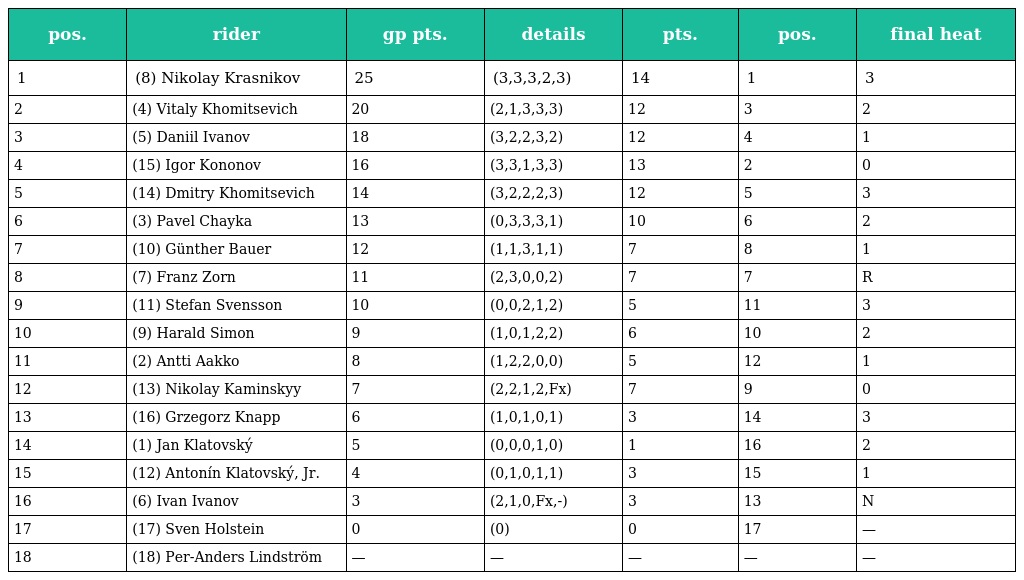
| pos. | rider | gp pts. | details | pts. | pos. | final heat |
 | --- | --- | --- | --- | --- | --- | --- |
 | 1 | (8) Nikolay Krasnikov | 25 | (3,3,3,2,3) | 14 | 1 | 3 |
 | 2 | (4) Vitaly Khomitsevich | 20 | (2,1,3,3,3) | 12 | 3 | 2 |
 | 3 | (5) Daniil Ivanov | 18 | (3,2,2,3,2) | 12 | 4 | 1 |
 | 4 | (15) Igor Kononov | 16 | (3,3,1,3,3) | 13 | 2 | 0 |
 | 5 | (14) Dmitry Khomitsevich | 14 | (3,2,2,2,3) | 12 | 5 | 3 |
 | 6 | (3) Pavel Chayka | 13 | (0,3,3,3,1) | 10 | 6 | 2 |
 | 7 | (10) Günther Bauer | 12 | (1,1,3,1,1) | 7 | 8 | 1 |
 | 8 | (7) Franz Zorn | 11 | (2,3,0,0,2) | 7 | 7 | R |
 | 9 | (11) Stefan Svensson | 10 | (0,0,2,1,2) | 5 | 11 | 3 |
 | 10 | (9) Harald Simon | 9 | (1,0,1,2,2) | 6 | 10 | 2 |
 | 11 | (2) Antti Aakko | 8 | (1,2,2,0,0) | 5 | 12 | 1 |
 | 12 | (13) Nikolay Kaminskyy | 7 | (2,2,1,2,Fx) | 7 | 9 | 0 |
 | 13 | (16) Grzegorz Knapp | 6 | (1,0,1,0,1) | 3 | 14 | 3 |
 | 14 | (1) Jan Klatovský | 5 | (0,0,0,1,0) | 1 | 16 | 2 |
 | 15 | (12) Antonín Klatovský, Jr. | 4 | (0,1,0,1,1) | 3 | 15 | 1 |
 | 16 | (6) Ivan Ivanov | 3 | (2,1,0,Fx,-) | 3 | 13 | N |
 | 17 | (17) Sven Holstein | 0 | (0) | 0 | 17 | — |
 | 18 | (18) Per-Anders Lindström | — | — | — | — | — |